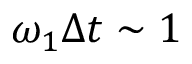
\omega _ { 1 } \Delta t \sim 1